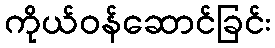
ကိုယ်ဝန်ဆောင်ခြင်း